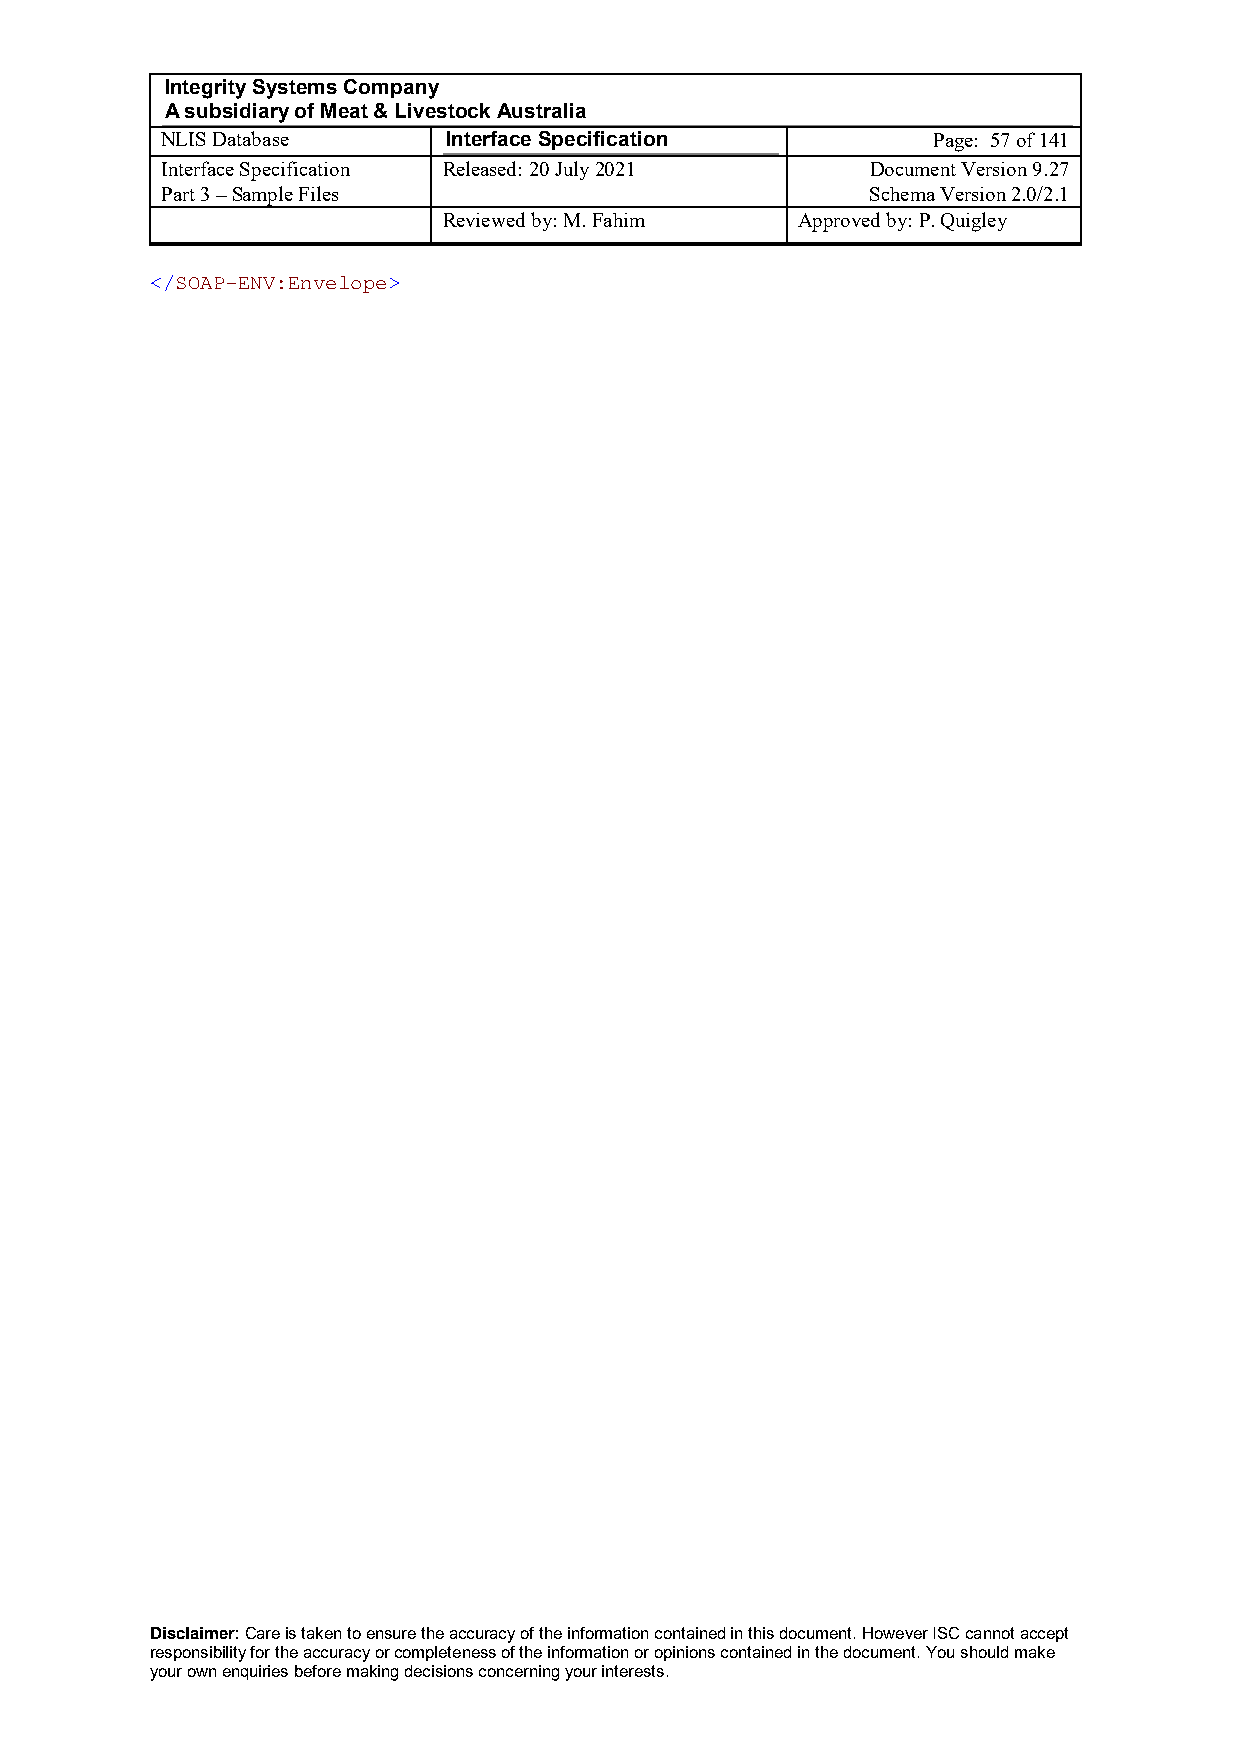
Integrity Systems Company
 A subsidiary of Meat & Livestock Australia
 NLIS Database      Interface Specification         Page: 57 of 141
 Interface Specification Released: 20 July 2021 Document Version 9.27
 Part 3 – Sample Files                          Schema Version 2.0/2.1
 Reviewed by: M. Fahim   Approved by: P. Quigley
 </SOAP-ENV:Envelope>
 Disclaimer: Care is taken to ensure the accuracy of the information contained in this document. However ISC cannot accept
 responsibility for the accuracy or completeness of the information or opinions contained in the document. You should make
 your own enquiries before making decisions concerning your interests.